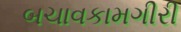
બચાવકામગીરી